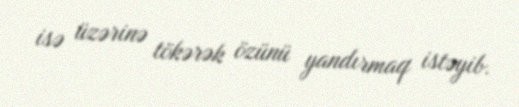
isə üzərinə tökərək özünü yandırmaq istəyib.